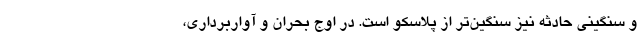
و سنگینی حادثه نیز سنگین‌تر از پلاسکو است. در اوج بحران و آواربرداری،